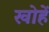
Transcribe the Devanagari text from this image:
खोहें